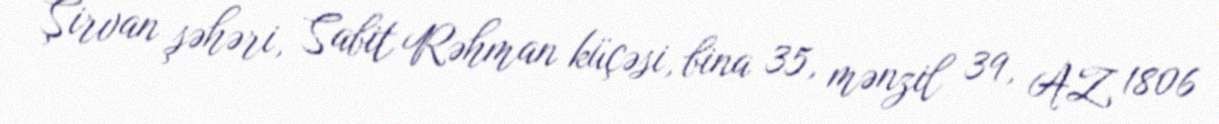
Şirvan şəhəri, Sabit Rəhman küçəsi, bina 35, mənzil 39, AZ 1806